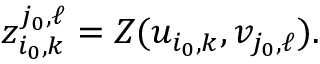
z _ { i _ { 0 } , k } ^ { j _ { 0 } , \ell } = Z ( u _ { i _ { 0 } , k } , v _ { j _ { 0 } , \ell } ) .